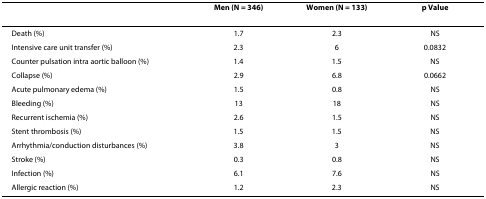
|  | Men (N = 346) | Women (N = 133) | p Value |
 | --- | --- | --- | --- |
 | Death (%) | 1.7 | 2.3 | NS |
 | Intensive care unit transfer (%) | 2.3 | 6 | 0.0832 |
 | Counter pulsation intra aortic balloon (%) | 1.4 | 1.5 | NS |
 | Collapse (%) | 2.9 | 6.8 | 0.0662 |
 | Acute pulmonary edema (%) | 1.5 | 0.8 | NS |
 | Bleeding (%) | 13 | 18 | NS |
 | Recurrent ischemia (%) | 2.6 | 1.5 | NS |
 | Stent thrombosis (%) | 1.5 | 1.5 | NS |
 | Arrhythmia/conduction disturbances (%) | 3.8 | 3 | NS |
 | Stroke (%) | 0.3 | 0.8 | NS |
 | Infection (%) | 6.1 | 7.6 | NS |
 | Allergic reaction (%) | 1.2 | 2.3 | NS |